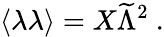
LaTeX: \langle\lambda\lambda\rangle=X{\widetilde\Lambda}^{2}~.